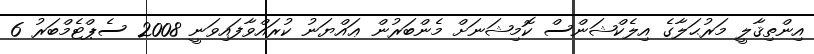
އިންތިޤާލީ މަރުޙަލާގެ އިލެކްޝަންސް ކޮމިޝަނަށް މެންބަރުން ޢައްޔަނު ކުރައްވާފައިވަނީ 2008 ސެޕްޓެމްބަރު 6